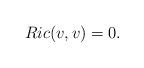
LaTeX: \begin{align*} & Ric(v, v)=0. \end{align*}